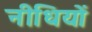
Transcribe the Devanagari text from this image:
नीधियों